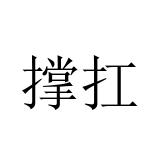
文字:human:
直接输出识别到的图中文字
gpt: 撑扛